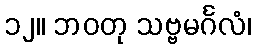
၁၂။ ဘဝတု သဗ္ဗမင်္ဂလံ၊